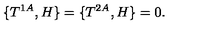
\{ T ^ { 1 A } , H \} = \{ T ^ { 2 A } , H \} = 0 .